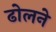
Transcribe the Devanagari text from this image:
ढोलने